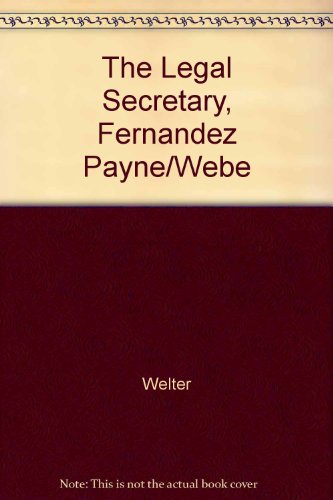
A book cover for The Legal Secretary: Fernandez, Payne & Webster; Harriett McIntosh; Law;